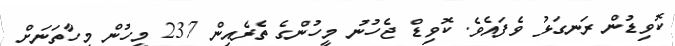
ކޮވިޑުން ރަނގަޅު ވެފައެވެ. ކޮވިޑް ޖެހުނު މީހުންގެ ތެރެއިން 237 މީހުން މިހާތަނަށް